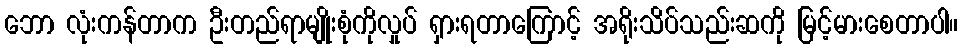
ဘော လုံးကန်တာက ဦးတည်ရာမျိုးစုံကိုလှုပ် ရှားရတာကြောင့် အရိုးသိပ်သည်းဆကို မြင့်မားစေတာပါ။